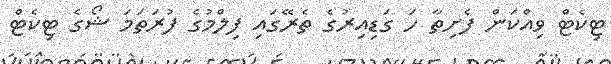
ޓިކެޓް ވިއްކަން ފެށިތާ ހަ ގަޑިއިރުގެ ތެރޭގައި ފިލްމުގެ ފުރަތަމަ ޝޯގެ ޓިކެޓް